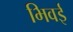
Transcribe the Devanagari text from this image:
भिवई